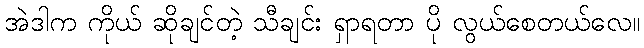
အဲဒါက ကိုယ် ဆိုချင်တဲ့ သီချင်း ရှာရတာ ပို လွယ်စေတယ်လေ။